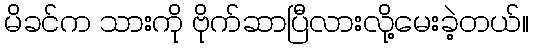
မိခင်က သားကို ဗိုက်ဆာပြီလားလို့မေးခဲ့တယ်။